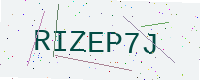
Text: RIZEP7J